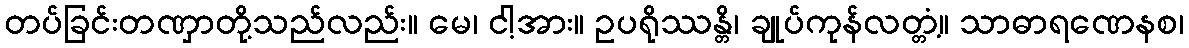
တပ်ခြင်းတဏှာတို့သည်လည်း။ မေ၊ ငါ့အား။ ဥပရိုဿန္တိ၊ ချုပ်ကုန်လတ္တံ့။ သာဓာရဏေနစ၊